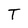
Character: T